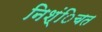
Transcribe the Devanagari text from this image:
निश्ंिचत